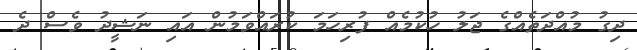
ދިގު މުއްދަތެއްގެ ޖަލު ހުކުމެއް ފުރިހަމަ ކުރައްވަމުން އައި ނަޝީދު ވެސް ދެ